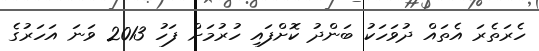
ހެރަތެރަ އެތައް ދުވަހަކު ބަންދު ކޮށްފައި ހުރުމަށް ފަހު 2013 ވަނަ އަހަރުގެ